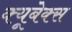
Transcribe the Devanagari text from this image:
क्यूबेक्स